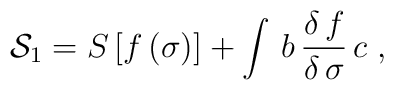
{\cal S}_1 = S \, [f \, (\sigma)] + \int \, b \, \frac{\delta \, f}{\delta \,\sigma} \, c \; ,